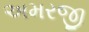
અમરજી